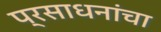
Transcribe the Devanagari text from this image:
प्रसाधनांचा